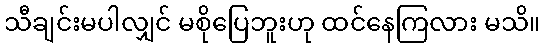
သီချင်းမပါလျှင် မစိုပြေဘူးဟု ထင်နေကြလား မသိ။